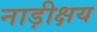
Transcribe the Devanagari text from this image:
नाड़ीक्षय